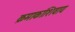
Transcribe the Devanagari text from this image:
क्रमाकांशिवाय